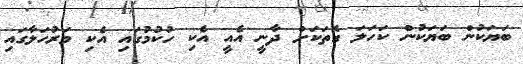
ބަޔަކުން ބަޔަކުން ކަހަލަ ގޮތަކަށް ދާނީ އެއީ އެކި ހުކުމުގައި އެކި މަރުހަލާގައި